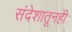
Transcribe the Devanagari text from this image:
संदेशातूनही